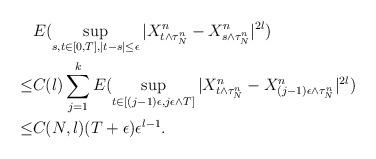
LaTeX: \begin{align*}&E(\sup_{s,t\in[0,T],|t-s|\leq \epsilon}| X^n_{t\wedge \tau_N^n}-X^n_{s\wedge \tau_N^n} |^{2l})\\\leq & C(l)\sum_{j=1}^{k} E(\sup_{t\in[(j-1)\epsilon,j\epsilon \wedge T]}| X^n_{t\wedge \tau_N^n}-X^n_{(j-1)\epsilon\wedge \tau_N^n} |^{2l})\\\leq & C(N,l)(T+\epsilon)\epsilon^{l-1}.\end{align*}